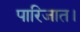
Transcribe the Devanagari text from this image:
पारिजात।